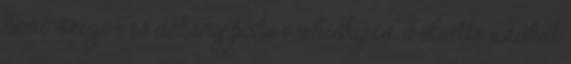
némi szigor és néhány pohár whisky is. Felvette azokat